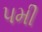
૫મી